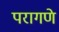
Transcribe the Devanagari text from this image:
परागणे